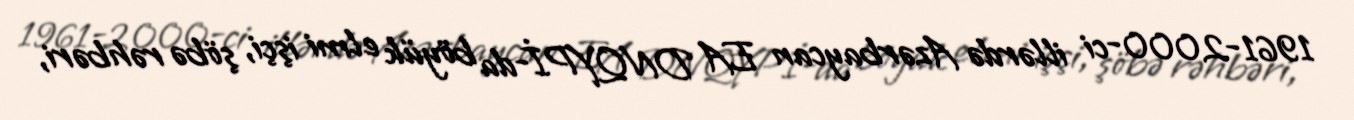
1961-2000-ci illərdə Azərbaycan EA DNQYPİ-da böyük elmi işçi, şöbə rəhbəri,